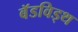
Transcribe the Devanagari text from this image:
बॅडविड्थ